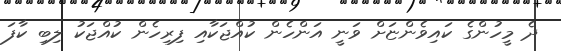
ދެ މީހުންގެ ކައިވެންޏަށް ވަނީ އަންހެން ކުއްޖަކާއި ފިރިހެން ކުއްޖަކު ލިބި ކާފަ